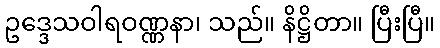
ဥဒ္ဒေသဝါရဝဏ္ဏနာ၊ သည်။ နိဋ္ဌိတာ။ ပြီးပြီ။